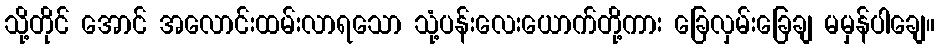
သို့တိုင် အောင် အလောင်းထမ်းလာရသော သုံ့ပန်းလေးယောက်တို့ကား ခြေလှမ်းခြေချ မမှန်ပါချေ။